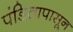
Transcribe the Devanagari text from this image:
पंडितापासून